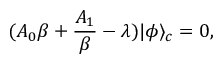
( A _ { 0 } \beta + \frac { A _ { 1 } } { \beta } - \lambda ) | \phi \rangle _ { c } = 0 ,